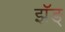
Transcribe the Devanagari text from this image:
झॅङ्